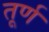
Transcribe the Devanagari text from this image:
तूर्ण